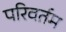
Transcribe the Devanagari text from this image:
परिवर्तम